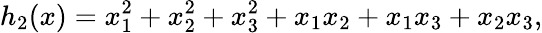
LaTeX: h_{2}(x)=x_{1}^{2}+x_{2}^{2}+x_{3}^{2}+x_{1}x_{2}+x_{1}x_{3}+x_{2}x_{3},